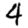
Digit: 4